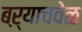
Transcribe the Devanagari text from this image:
बऱ्याचवेळ